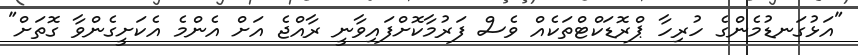
"އަޅުގަނޑުމެންގެ ހުރިހާ ޕްރޮޑަކްޓްތަކެއް ވެސް ފަރުމާކޮށްފައިވާނީ ރާއްޖެ އަށް އެންމެ އެކަށީގެންވާ ގޮތަށް"